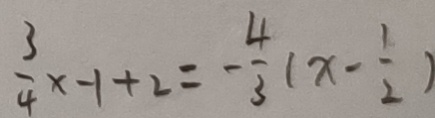
\frac { 3 } { 4 } x - 1 + 2 = - \frac { 4 } { 3 } ( x - \frac { 1 } { 2 } )